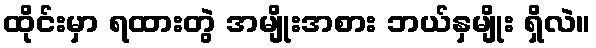
ထိုင်းမှာ ရထားတွဲ အမျိုးအစား ဘယ်နှမျိုး ရှိလဲ။